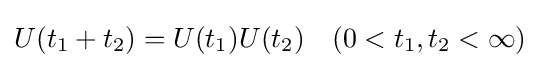
U(t_{1}+t_{2})=U(t_{1})U(t_{2})\quad (0<t_{1},t_{2}<\infty )